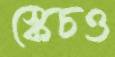
স্কেচও